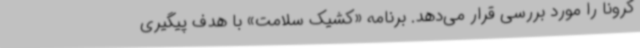
کرونا را مورد بررسی قرار می‌دهد. برنامه «کشیک سلامت» با هدف پیگیری